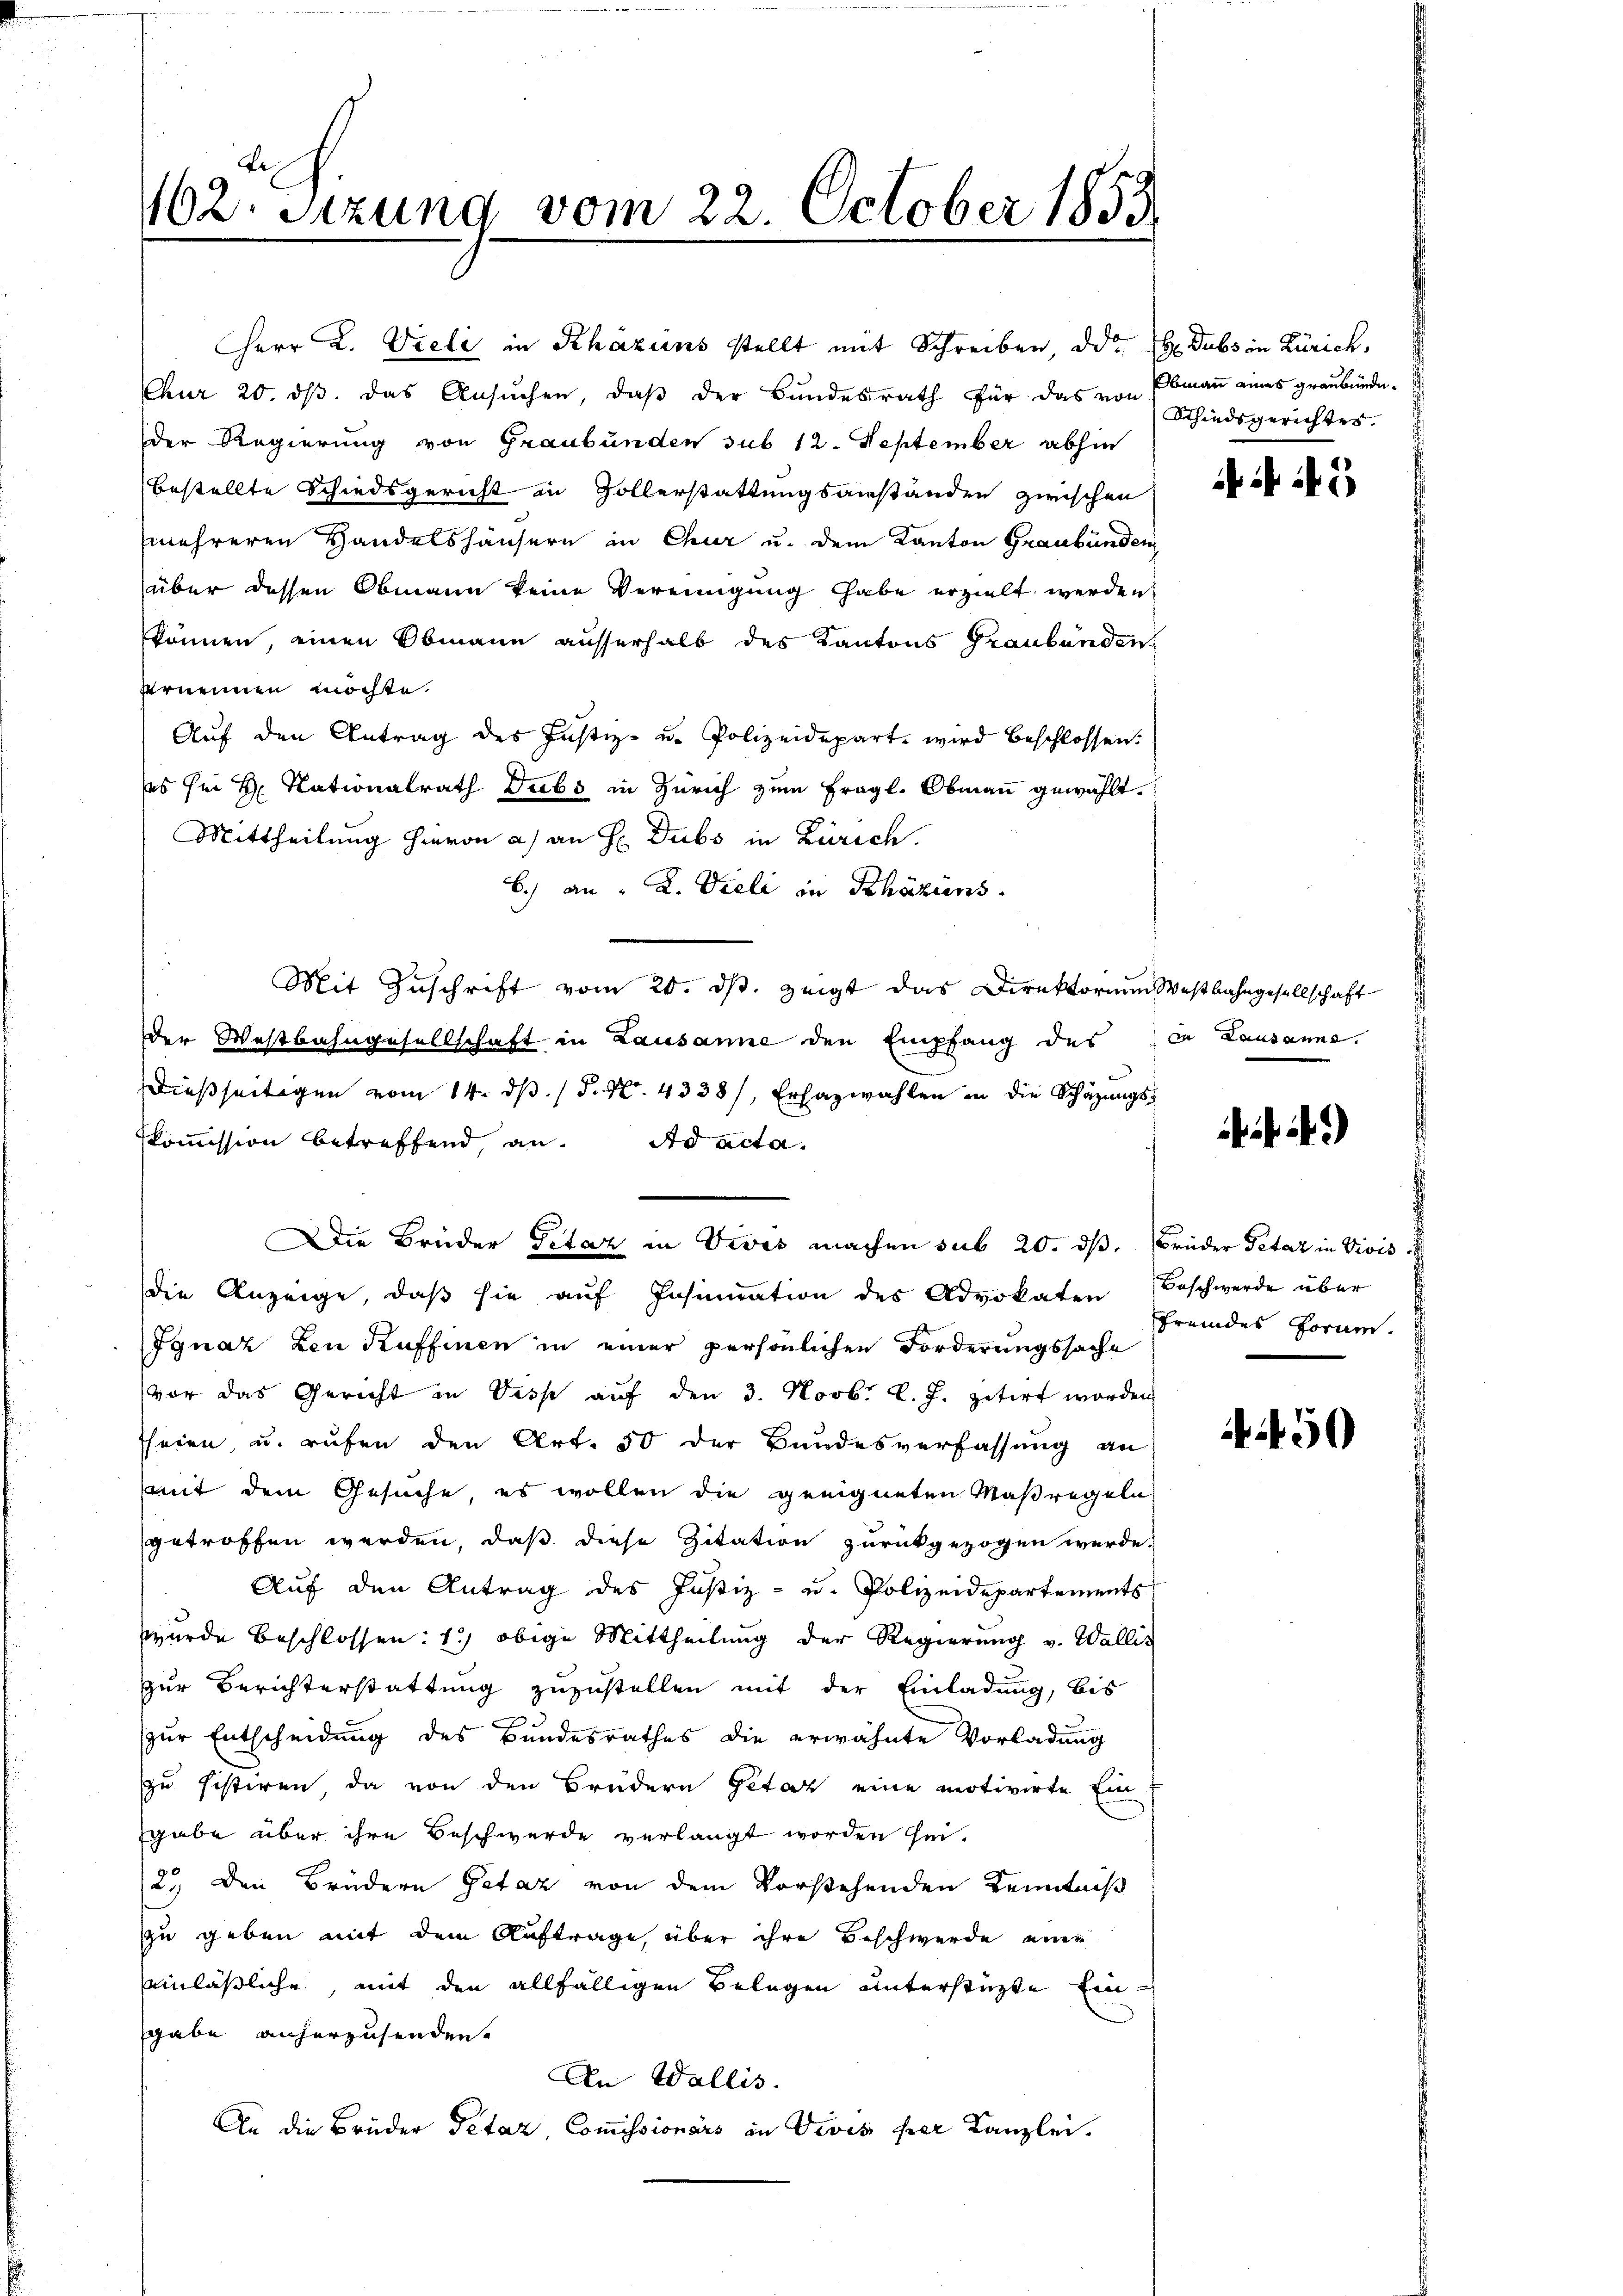
de
462. Sitzung vom 22. October 1853.

Herr K. Vieli in Khäzuns stellt mit Schreiben, die H. Dubs in Zürich,
Chur 20. dβ. das Ansŭchen, daβ der Bŭndesrath für das von Schiedsgerichtes.
der Regierung von Graubünden sub 12. September abhin
bestellte Schiedsgericht in Hollerstattungsanständen zwischen
(mehreren Handelshäusern in Chur u. dem Kanton Graubünden
über dessen Obmann keine Vereinigung habe erzielt werden
können, einen Obmann ausserhalb des Kantons Graubünden
vernennen möchte.
Auf den Antrag des Justiz- u. Polizeidepart wird beschlossen:
ses sei H. Nationalrath Dubs in Zürich zum Fragl. Obmann gewählt.
Mittheilung hievon a) an H. Dubs in Zürich.
6.) an "K. Vieli in Schäzins.
Mit Zuschrift vom 20. ds. zeigt das Direktorium Westbahngesellschaft
der Westbahngesellschaft in Lausanne den Empfang des
dießseitigen vom 14. dβ. / 5. No. 4338), Erhazwahlen in die Schäzŭngs-
Skommission betreffend, an. Ad acta.
Die Brüder Petaz in Divis machen sub 20. dβ. Brüder Petar in Vivis
die Anzeige, daβ sie aŭf Insinuation des Advokaten Beschwerde über
Ignaz den Kuffinen in einer persönlichen Forderungssache
vor das Gericht in Visp auf den 3. Novb. l. J. zitirt worden
heien, u. rufen den Art. 50 der Bundesverfassung an
mit dem Gesuche, es wollen die geeigneten Maßregeln
getroffen werden, daß diese Zitation zurückgezogen werde.
Auf den Antrag des Justiz- u. Polizeidepartements
wurde Beschlossen: 1.) obige Mittheilung der Regierung v. Wallis
zur Berichterstattung zuzustellen mit der Einladung, bis
x
zur Entscheidung des Bundesrathes die erwähnte Vorladung
zu sistiren, da von den Brüdern Getaz eine motivirte Ein-
sgabe über ihre Beschwerde verlangt worden sei.
2.) Den Brüdern Getaz von dem Vorstehenden Kenntniß
zzu geben mit dem Auftrage, über ihre Beschwerde eine
einläßliche, mit den allfälligen Belegen unterstützte Eingabe anherzusenden.
An Wallis.
An die Brüder Petaz, Commissionärs in Divis per Kanzlei.

Obmann eines graubünde¬

N 5

in Lausanne.

)

fremdes Fornen.

450